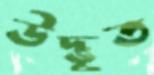
উদ্ভূত